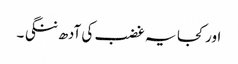
اور کجا یہ غضب کی آدھ ننگی ۔